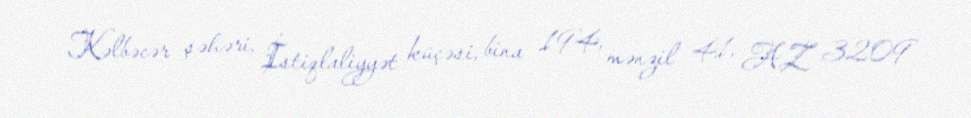
Kəlbəcər şəhəri, İstiqlaliyyət küçəsi, bina 194, mənzil 41, AZ 3209